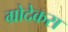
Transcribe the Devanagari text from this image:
ग्रोदेकस